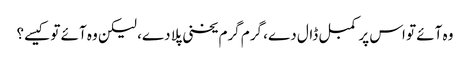
وہ آئے تو اس پر کمبل ڈال دے، گرم گرم یخنی پلا دے، لیکن وہ آئے تو کیسے؟